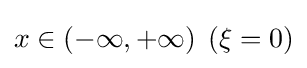
x\in (-\infty ,+\infty )\,\;(\xi =0)